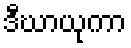
ဒီဃာယုကာ